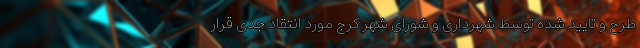
طرح و تایید شده توسط شهرداری و شورای شهر کرج مورد انتقاد جدی قرار